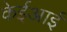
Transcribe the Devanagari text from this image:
केईआई